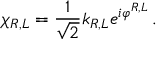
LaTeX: \chi _ { R , L } = \frac { 1 } { \sqrt { 2 } } k _ { R , L } e ^ { i \varphi ^ { R , L } } \, .